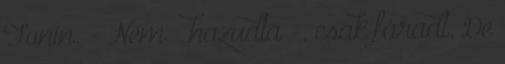
Tonin. - Nem – hazudta -, csak fáradt. De